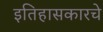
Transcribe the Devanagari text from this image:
इतिहासकारचे